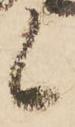
候